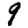
Digit: 9